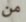
من